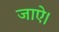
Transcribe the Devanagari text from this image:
जाऐ।